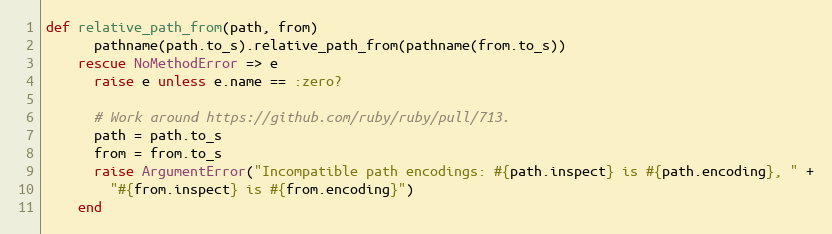
Language: Ruby
def relative_path_from(path, from)
      pathname(path.to_s).relative_path_from(pathname(from.to_s))
    rescue NoMethodError => e
      raise e unless e.name == :zero?

      # Work around https://github.com/ruby/ruby/pull/713.
      path = path.to_s
      from = from.to_s
      raise ArgumentError("Incompatible path encodings: #{path.inspect} is #{path.encoding}, " +
        "#{from.inspect} is #{from.encoding}")
    end